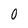
Character: O